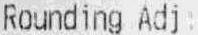
ROUNDING ADJ: